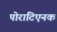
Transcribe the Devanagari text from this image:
पोराटिएनक